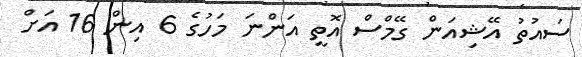
ސައުތު އޭޝިއަން ގޭމްސް އޮތީ އަންނަ މަހުގެ 6 އިން 16 އަށް